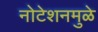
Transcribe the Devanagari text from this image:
नोटेशनमुळे